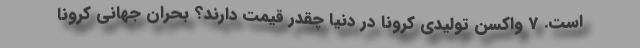
است. 7 واکسن تولیدی کرونا در دنیا چقدر قیمت دارند؟ بحران جهانی کرونا